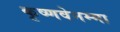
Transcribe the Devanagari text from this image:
कृष्णवेनम्मा